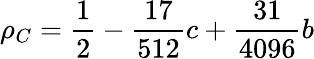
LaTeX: \rho_{C}=\frac{1}{2}-\frac{17}{512}c+\frac{31}{4096}b